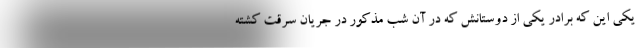
یکی این که برادر یکی از دوستانش که در آن شب مذکور در جریان سرقت کشته